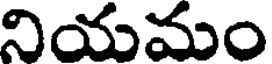
నియమం